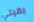
بقيتي